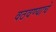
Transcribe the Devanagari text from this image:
वठवण्याचे